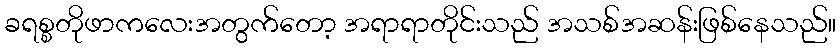
ခရစ္စတိုဖာကလေးအတွက်တော့ အရာရာတိုင်းသည် အသစ်အဆန်းဖြစ်နေသည်။